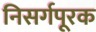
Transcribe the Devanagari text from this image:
निसर्गपूरक